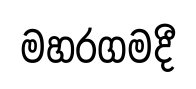
මහරගමදී